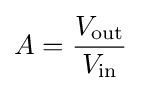
A={\frac {V_{\mathrm {out} }}{V_{\mathrm {in} }}}